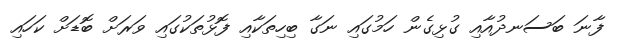
ފާނަ ބަސަނދުއާއި ގުޅިގެން ހަމުގައި ނަގާ ބިހިތަކާއި ފޮޅުތަކުގައި ވަރަށް ބޮޑަށް ކަހައި